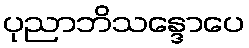
ပုညာဘိသန္ဒောပေ